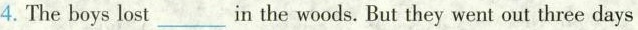
4. The boys lost ___ in the woods. But they went out three days